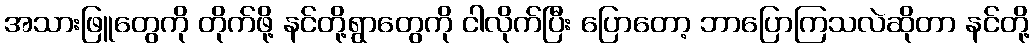
အသားဖြူတွေကို တိုက်ဖို့ နင်တို့ရွာတွေကို ငါလိုက်ပြီး ပြောတော့ ဘာပြောကြသလဲဆိုတာ နင်တို့